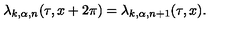
\lambda _ { k , \alpha , n } ( \tau , x + 2 \pi ) = \lambda _ { k , \alpha , n + 1 } ( \tau , x ) .